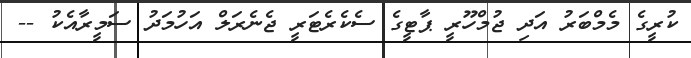
ކުރީގެ މެމްބަރު އަދި ޖުމްހޫރީ ޕާޓީގެ ސެކެރެޓަރީ ޖެނެރަލް އަހުމަދު ސަމީރާއެކު --